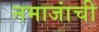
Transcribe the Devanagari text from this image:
नमाजांची